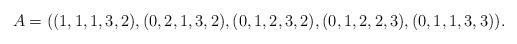
LaTeX: \begin{align*} A=((1, 1, 1, 3, 2), (0, 2, 1, 3, 2), (0, 1, 2, 3, 2), (0, 1, 2, 2, 3), (0, 1, 1, 3, 3)). \end{align*}